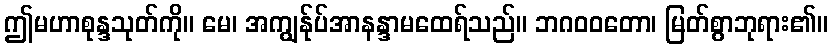
ဤမဟာစုန္ဒသုတ်ကို။ မေ၊ အကျွန်ုပ်အာနန္ဒာမထေရ်သည်။ ဘဂဝဝတော၊ မြတ်စွာဘုရား၏။